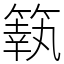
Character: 䉅